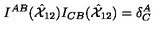
I ^ { A B } ( \hat { { \cal X } } _ { 1 2 } ) I _ { C B } ( \hat { { \cal X } } _ { 1 2 } ) = \delta _ { C } ^ { A }